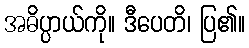
အဓိပ္ပာယ်ကို။ ဒီပေတိ၊ ပြ၏။